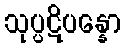
သုပ္ပဋိပန္နော